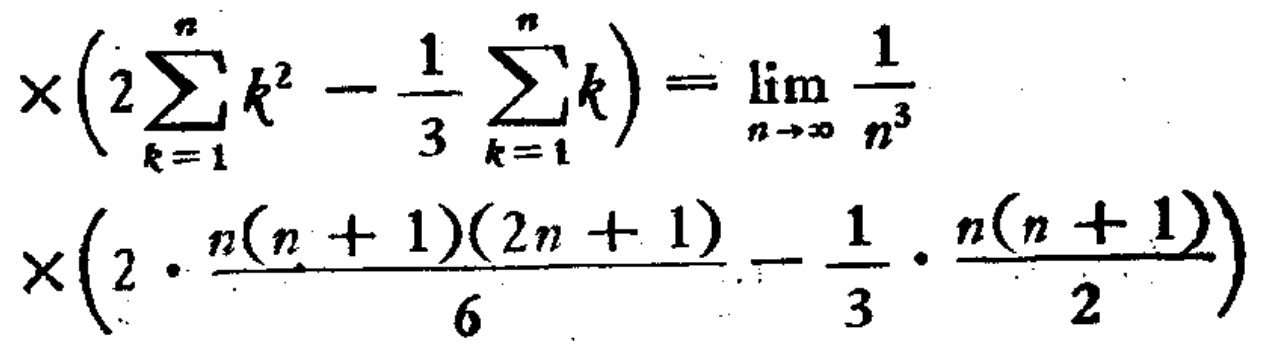
\[
\times\left(2\sum_{k = 1}^{n}k^{2}-\frac{1}{3}\sum_{k = 1}^{n}k\right)=\lim_{n\rightarrow\infty}\frac{1}{n^{3}}\\
\times\left(2\cdot\frac{n(n + 1)(2n + 1)}{6}-\frac{1}{3}\cdot\frac{n(n + 1)}{2}\right)
\]